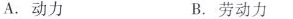
A.动力 B.劳动力